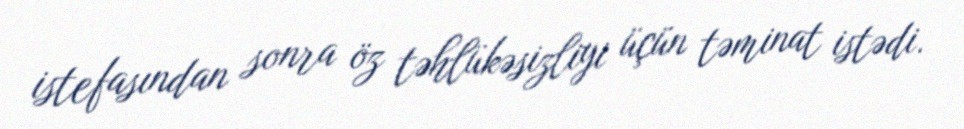
istefasından sonra öz təhlükəsizliyi üçün təminat istədi.